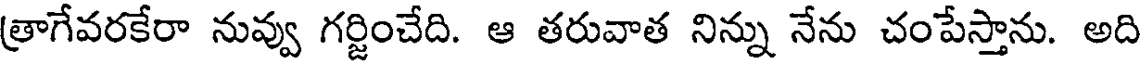
త్రాగేవరకేరా నువ్వు గర్జించేది. ఆ తరువాత నిన్ను నేను చంపేస్తాను. అది